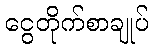
ငွေတိုက်စာချုပ်